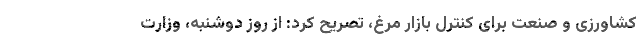
کشاورزی و صنعت برای کنترل بازار مرغ، تصریح کرد: از روز دوشنبه، وزارت